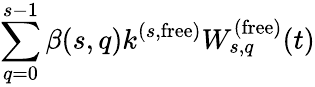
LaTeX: \sum_{q=0}^{s-1}\beta(s,q)k^{(s,\mathrm{free})}W_{s,q}^{(\mathrm{free})}(t)